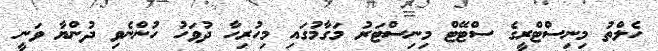
ހެލްތު މިނިސްޓްރީގެ ސްޓޭޓް މިނިސްޓަރު މަގާމުގައި މިހުރިހާ ދުވަހު ހުންނެވި ދުންޔާ ވަނީ